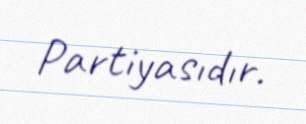
Partiyasıdır.